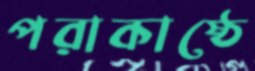
পরাকাষ্ঠে